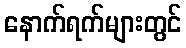
နောက်ရက်များတွင်